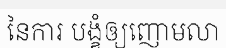
នៃការ បង្ខំឲ្យញោមលា